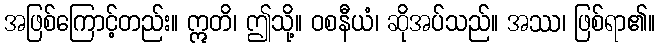
အဖြစ်ကြောင့်တည်း။ ဣတိ၊ ဤသို့။ ဝစနီယံ၊ ဆိုအပ်သည်။ အဿ၊ ဖြစ်ရာ၏။